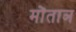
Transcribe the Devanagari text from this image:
मोंताञ